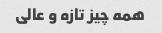
همه چیز تازه و عالی